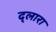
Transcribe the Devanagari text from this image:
द्लारा